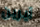
آيرين